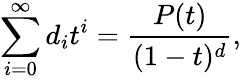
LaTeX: \sum_{i=0}^{\infty}d_{i}t^{i}={\frac{P(t)}{(1-t)^{d}}},